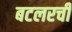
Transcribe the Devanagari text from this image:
बटलरची